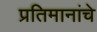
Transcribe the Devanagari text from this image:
प्रतिमानांचे